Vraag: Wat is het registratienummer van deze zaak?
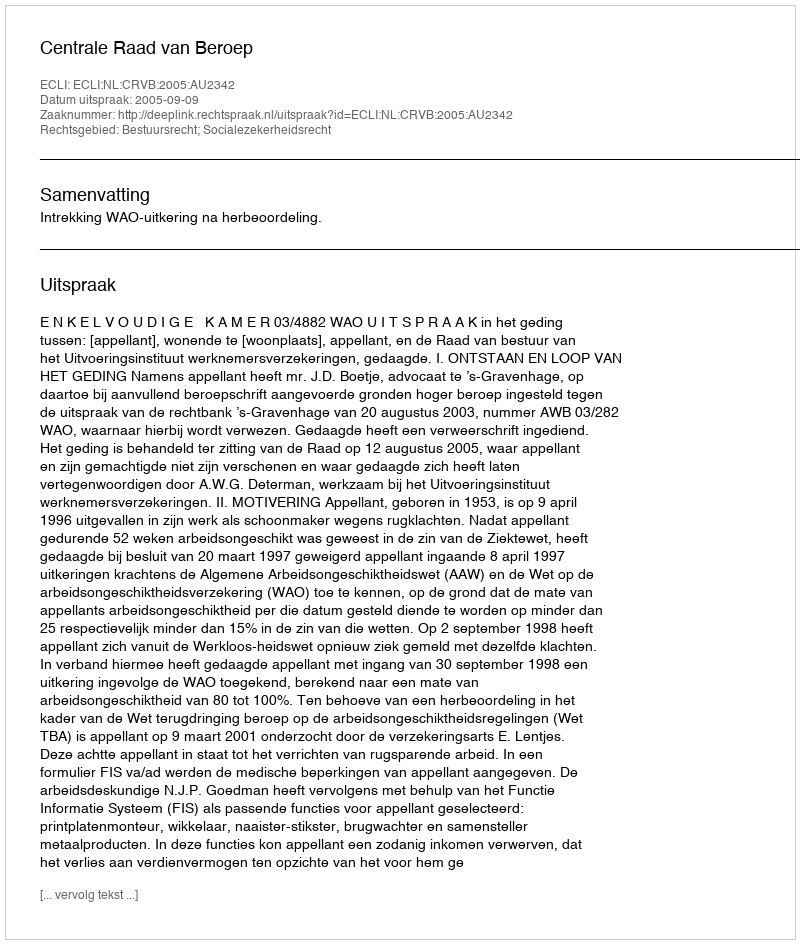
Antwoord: http://deeplink.rechtspraak.nl/uitspraak?id=ECLI:NL:CRVB:2005:AU2342